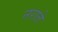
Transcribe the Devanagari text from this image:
नराते